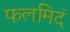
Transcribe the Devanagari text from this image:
फलमिदं